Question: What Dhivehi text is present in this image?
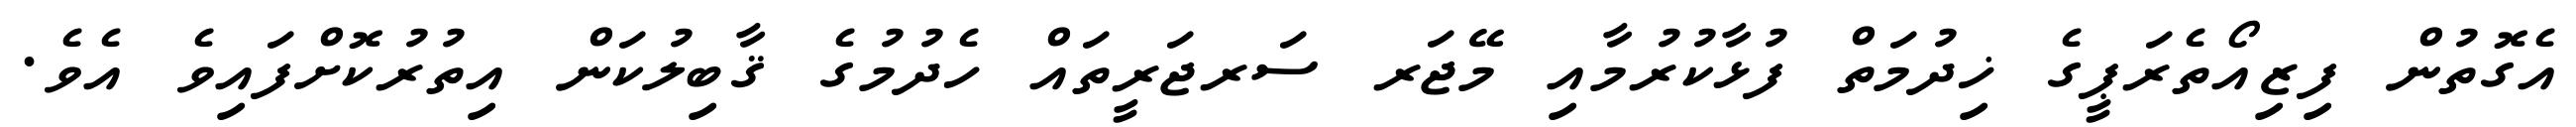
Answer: އެގޮތުން ފިޒިއޯތެރަޕީގެ ޚިދުމަތް ފުޅާކުރުމާއި މޭޖަރ ސަރޖަރީތައް ހެދުމުގެ ޤާބިލުކަން އިތުރުކޮށްފައިވެ އެވެ.